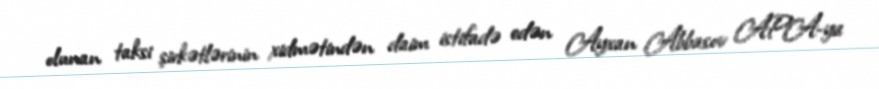
olunan taksi şirkətlərinin xidmətindən daim istifadə edən Ayxan Abbasov APA-ya